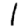
Digit: 1